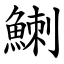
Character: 䱨